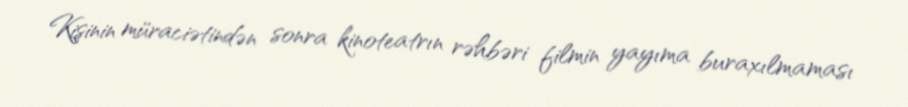
Kişinin müraciətindən sonra kinoteatrın rəhbəri filmin yayıma buraxılmaması